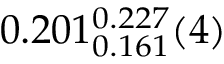
0 . 2 0 1 _ { 0 . 1 6 1 } ^ { 0 . 2 2 7 } ( 4 )